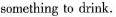
something to drink.